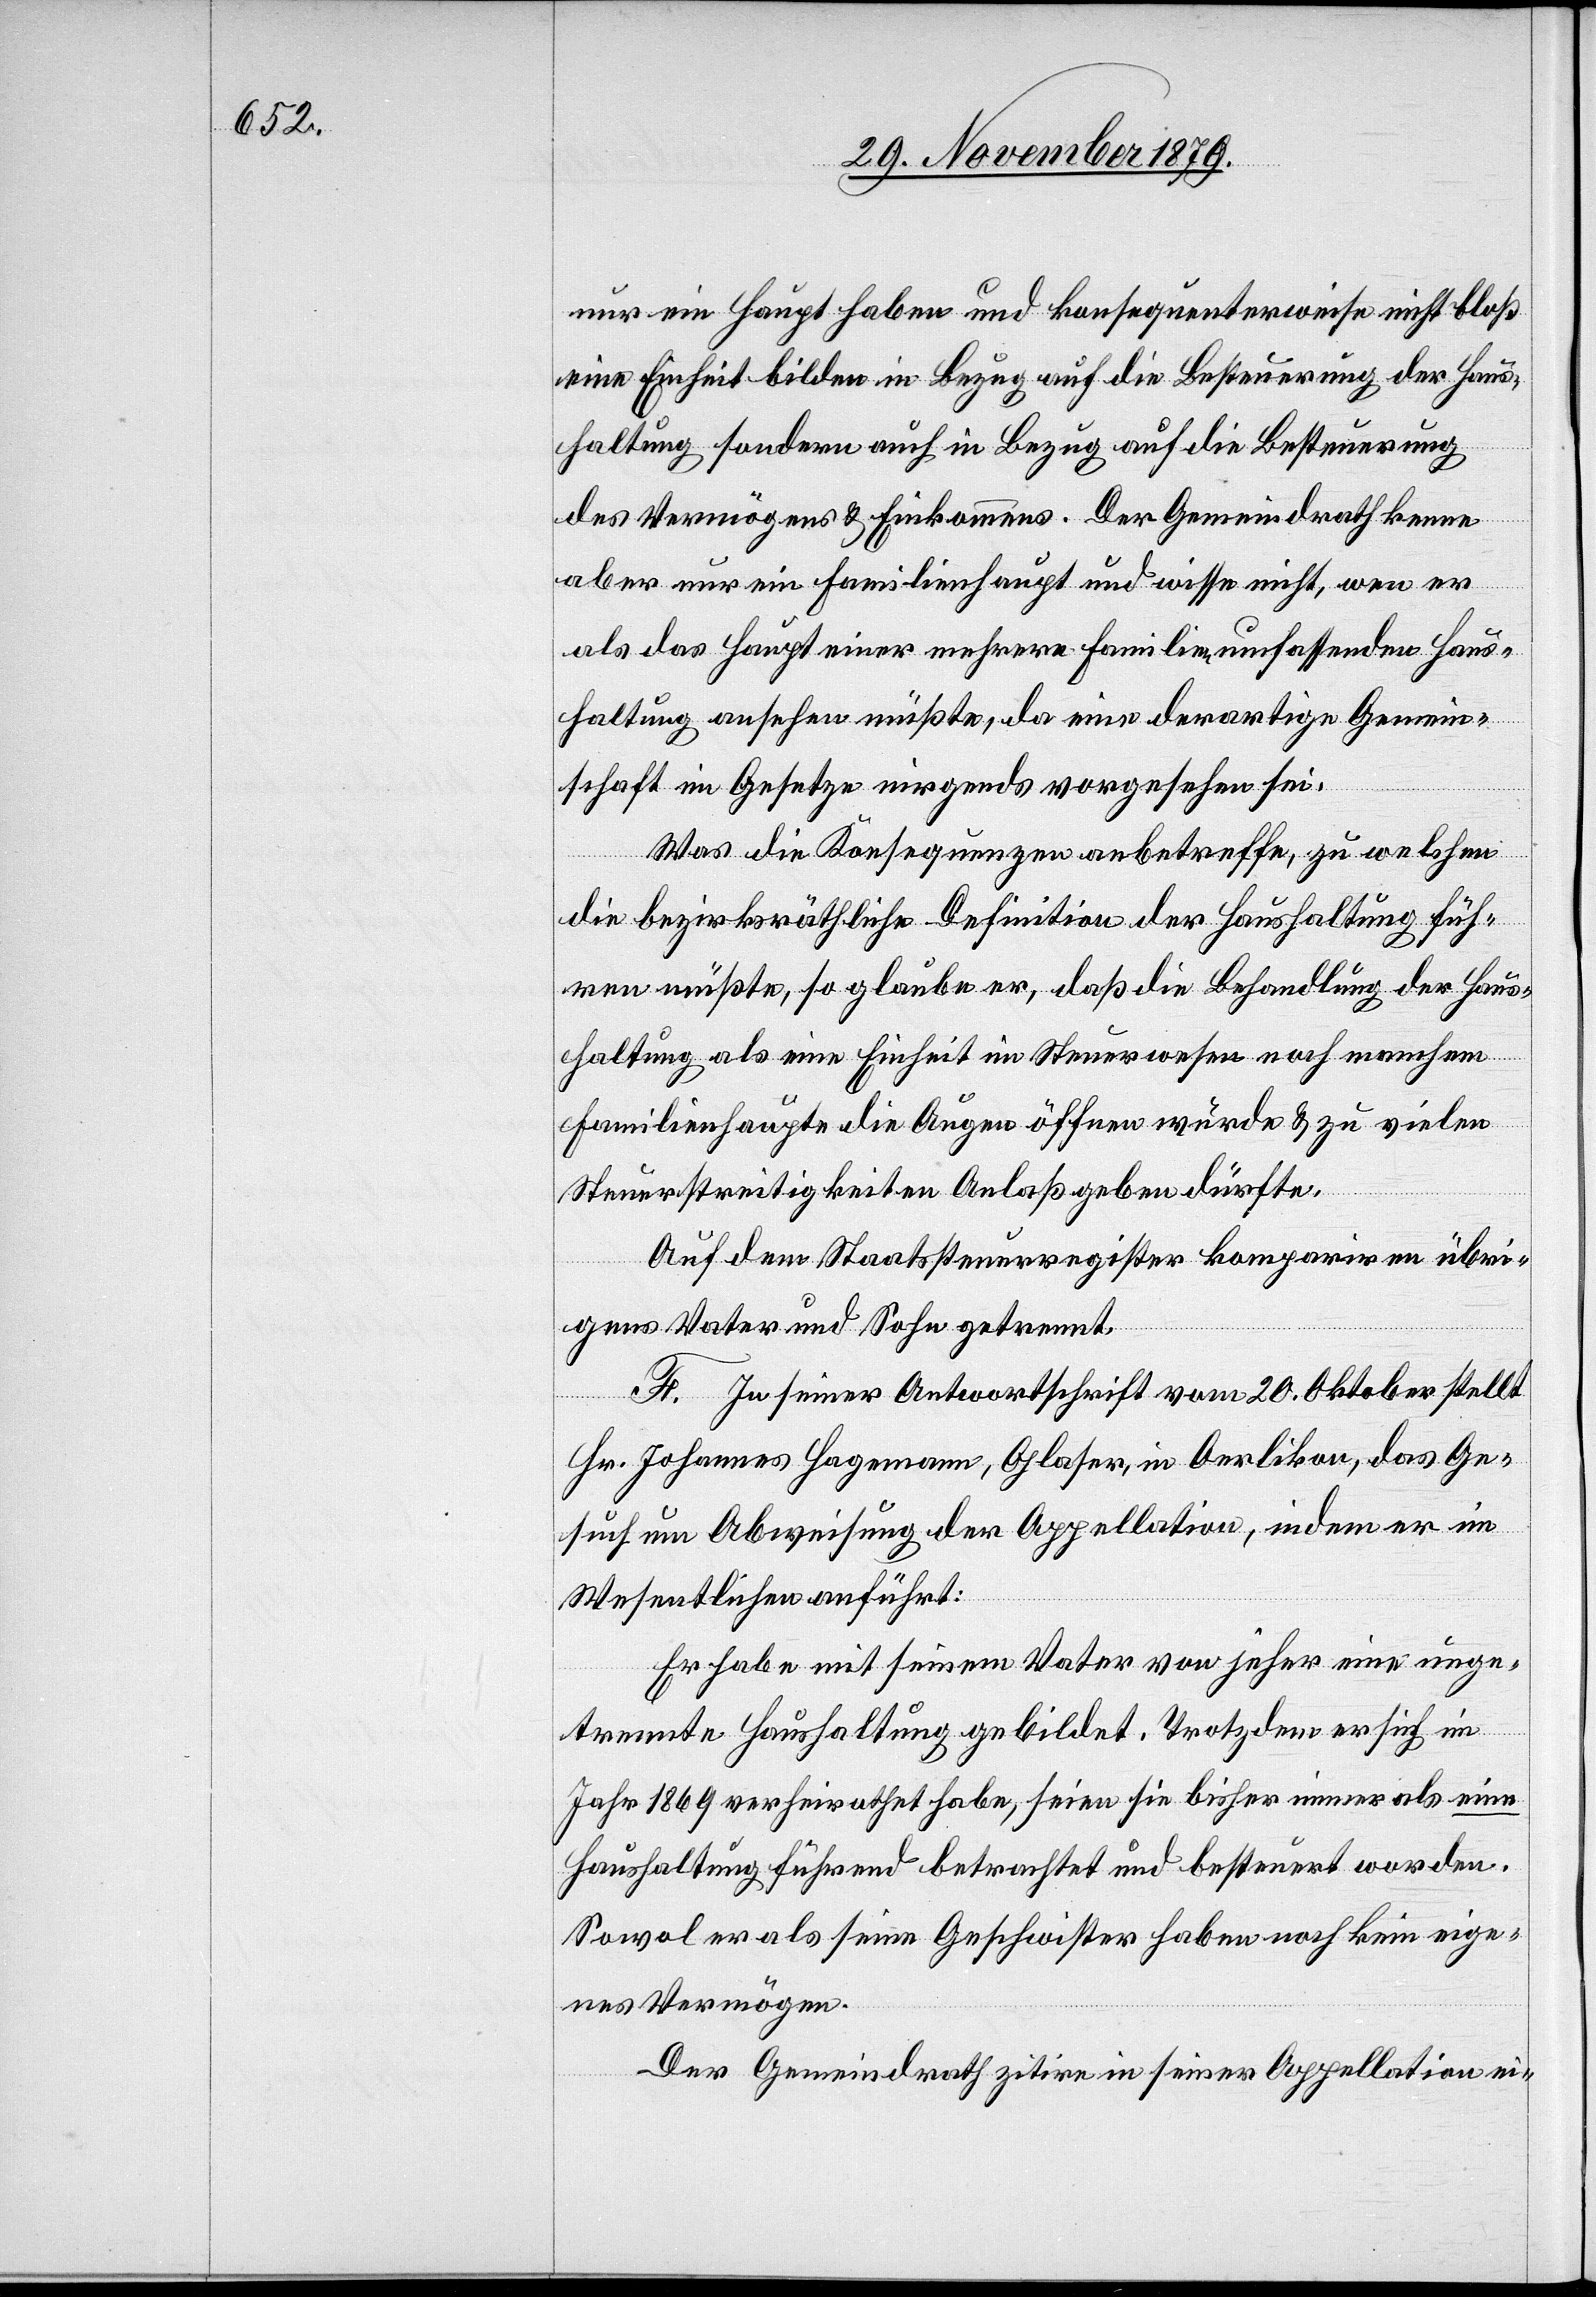
nur ein Haupt haben und konsequenterweise nicht bloß
eine Einheit bilden in Bezug auf die Besteuerung der Haus¬
haltung sondern auch in Bezug auf die Besteuerung
des Vermögens & Einkommens. Der Gemeindrath kenne
aber nur ein Familienhaupt und wisse nicht, wen er
als das Haupt einer mehrere Familien umfassende Haus¬
haltung ansehen müßte, da eine derartige Gemein¬
schaft im Gesetze nirgends vorgesehen sei.
Was die Konsequenzen anbetreffe, zu welchen
die bezirksräthliche Definition der Haushaltung füh¬
ren müßte, so glaube er, daß die Behandlung der Haus¬
haltung als eine Einheit im Steuerwesen nach manchem
Familienhaupte die Augen öffnen würde & zu vielen
Steuerstreitigkeiten Anlaß geben dürfte.
Auf dem Staatssteuerregister kompariren übri¬
gens Vater und Sohn getrennt.
F. In seiner Antwortschrift vom 20. Oktober stellt
Hr. Johannes Hagemann, Glaser, in Oerlikon, das Ge¬
such um Abweisung der Appellation, indem er im
Wesentlichen anführt:
Er habe mit seinem Vater von jeher eine unge¬
trennte Haushaltung gebildet. Trotzdem er sich im
Jahr 1869 verheirathet habe, seien sie bisher immer als eine
Haushaltung führend betrachtet und besteuert worden.
Sowol er als seine Geschwister haben noch kein eige¬
nes Vermögen.
Der Gemeindrath zitire in seiner Appellation ei-